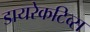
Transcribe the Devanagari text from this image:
डायरेकटिव्स